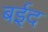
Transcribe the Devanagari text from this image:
बईद